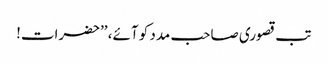
تب قصوری صاحب مدد کو آئے، ’’حضرات!